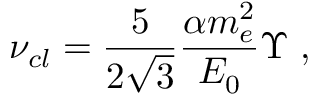
\nu _ { c l } = \frac { 5 } { 2 \sqrt { 3 } } \frac { \alpha m _ { e } ^ { 2 } } { E _ { 0 } } \Upsilon \; ,